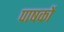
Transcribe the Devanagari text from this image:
पाषकों